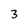
Character: 3